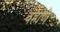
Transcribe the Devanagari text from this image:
वहाणे